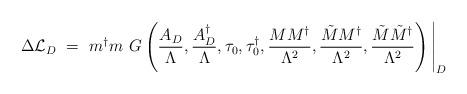
LaTeX: \begin{align*}\Delta {\cal L}_D \ =\ m^\dagger m\ G \left( {A_D \over \Lambda} , {A_D^\dagger \over \Lambda}, \tau_0, \tau_0^\dagger, {MM^\dagger \over \Lambda^2}, {\tilde{M} M^\dagger \over \Lambda^2}, {\tilde{M} \tilde{M}^\dagger \over \Lambda^2} \right)\Bigg|_D\end{align*}